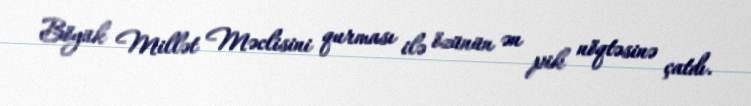
Böyük Millət Məclisini qurması ilə özünün ən pik nöqtəsinə çatdı.